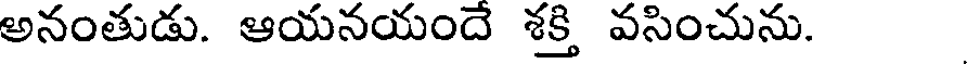
అనంతుడు. ఆయనయందే శక్తి వసించును.